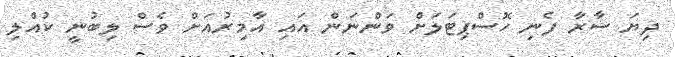
ދިޔަ ސާރާ ފެނި ހޮސްޕިޓަލަށް ވަންނަން އައި އާމިރުއަށް ވެސް ލިބުނީ ކުއްލި